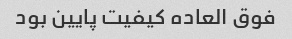
فوق العاده کیفیت پایین بود